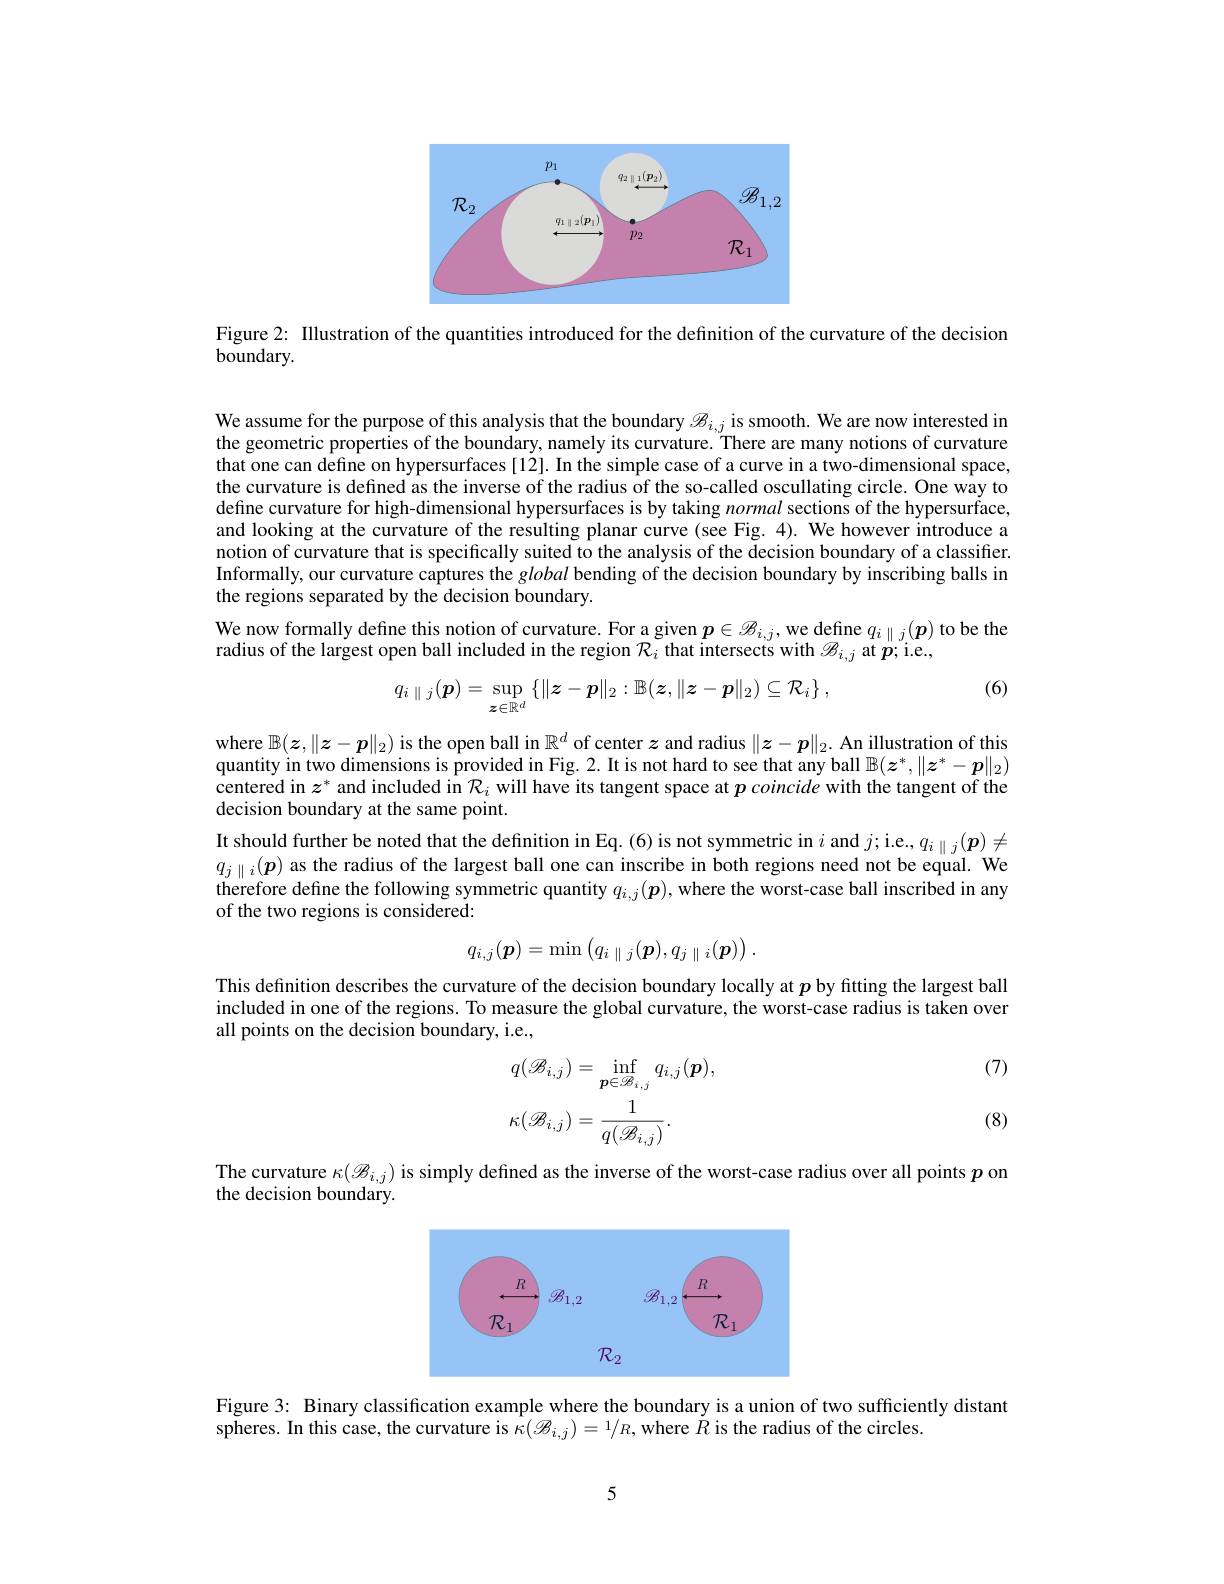
<FigureHere>

Figure 2: Illustration of the quantities introduced for the definition of the curvature of the decision

boundary.

We assume for the purpose of this analysis that the boundary $\mathscr{B}_i,j$ is smooth. We are now interested in the geometric properties of the boundary, namely its curvature. There are many notions of curvature that one can define on hypersurfaces [12]. In the simple case of a curve in a two-dimensional space, the curvature is defined as the inverse of the radius of the so-called oscullating circle. One way to define curvature for high-dimensional hypersurfaces is by taking normal sections of the hypersurface, and looking at the curvature of the resulting planar curve (see Fig. 4). We however introduce a notion of curvature that is specifically suited to the analysis of the decision boundary of a classifier. Informally, our curvature captures the global bending of the decision boundary by inscribing balls in the regions separated by the decision boundary.

We now formally define this notion of curvature. For a given $p\in\mathscr{B}_i$, we define $q_i\parallel j(\boldsymbol{p})$ to be the
radius of the largest open ball included in the region $\mathcal{R}_i$ that intersects with $\mathscr{B}_i,j$ at $\boldsymbol{p};$i.e.,
$$q_{i\parallel j}(\boldsymbol{p})=\sup_{\boldsymbol{z}\in\mathbb{R}^{d}}\left\{\|\boldsymbol{z}-\boldsymbol{p}\|_{2}:\mathbb{B}(\boldsymbol{z},\|\boldsymbol{z}-\boldsymbol{p}\|_{2})\subseteq\mathcal{R}_{i}\right\},$$
(6)

where $\mathbb{B}(\boldsymbol{z},\|\boldsymbol{z}-\boldsymbol{p}\|_2)$ is the open ball in $\mathbb{R}^d$ of center $z$ and radius $\|\boldsymbol{z}-\boldsymbol{p}\|_2.$ An illustration of this quantity in two dimensions is provided in Fig. 2. It is not hard to see that any ball $\mathbb{B}(\boldsymbol{z}^*,\|\boldsymbol{z}^*-\boldsymbol{p}\|_2)$ centered in $z^*$ and included in $\mathcal{R}_i$ will have its tangent space at $p\textit{coincide with the tangent of the}$ decision boundary at the same point.
It should further be noted that the definition in Eq. (6) is not symmetric in $i$ and $j;$i.e.,$q_i\parallel j(\boldsymbol{p})\neq$ $q_{j\parallel i}(\boldsymbol{p})$ as the radius of the largest ball one can inscribe in both regions need not be equal. We therefore define the following symmetric quantity $q_{i,j}(\boldsymbol{p})$, where the worst-case ball inscribed in any of the two regions is considered:
$$q_{i,j}(\boldsymbol{p})=\min\left(q_{i\parallel j}(\boldsymbol{p}),q_{j\parallel i}(\boldsymbol{p})\right).$$
This definition describes the curvature of the decision boundary locally at $p$ by fitting the largest ball included in one of the regions. To measure the global curvature, the worst-case radius is taken over all points on the decision boundary, i.e.,

(7)
$$\begin{aligned}&q(\mathcal{B}_{i,j})=\operatorname*{inf}_{p\in\mathcal{B}_{i,j}}q_{i,j}(\boldsymbol{p}),\\&\kappa(\mathcal{B}_{i,j})=\frac{1}{q(\mathcal{B}_{i,j})}.\end{aligned}$$
(8)

The curvature $\kappa(\mathscr{B}_{i,j})$ is simply defined as the inverse of the worst-case radius over all points $p$ on
the decision boundary.

<FigureHere>

Figure 3: Binary classification example where the boundary is a union of two sufficiently distant
spheres. In this case, the curvature is $\kappa(\mathscr{B}_{i,j})=1/R$,where $\dot{R}$ is the radius of the circles.

5